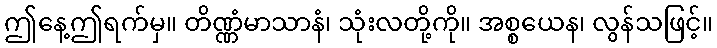
ဤနေ့ဤရက်မှ။ တိဏ္ဏံမာသာနံ၊ သုံးလတို့ကို။ အစ္စယေန၊ လွန်သဖြင့်။